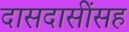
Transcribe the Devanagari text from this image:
दासदासींसह